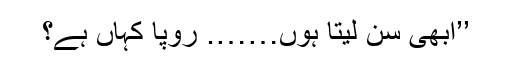
’’ابھی سُن لیتا ہوں……. رُوپا کہاں ہے؟